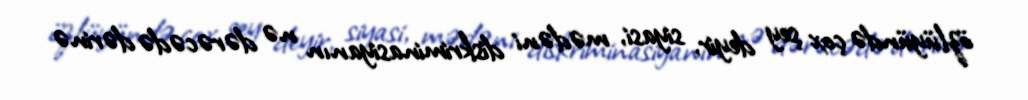
özlüyündə çox şey deyir, siyasi, mədəni diskriminasiyanın nə dərəcədə dərinə